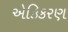
એકિકરણ